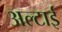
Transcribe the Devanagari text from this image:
अल्टाई